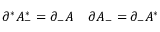
\partial ^ { * } { \cal A } _ { - } ^ { * } = \partial _ { - } { \cal A } \; \; \; \; \partial { \cal A } _ { - } = \partial _ { - } { \cal A } ^ { * }